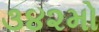
૩૪૨મો